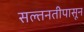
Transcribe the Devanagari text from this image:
सल्तनतीपासून